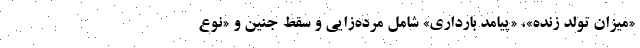
«میزان تولد زنده»، «پیامد بارداری» شامل مرده‌زایی و سقط جنین و «نوع